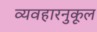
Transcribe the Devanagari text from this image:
व्यवहारनुकूल